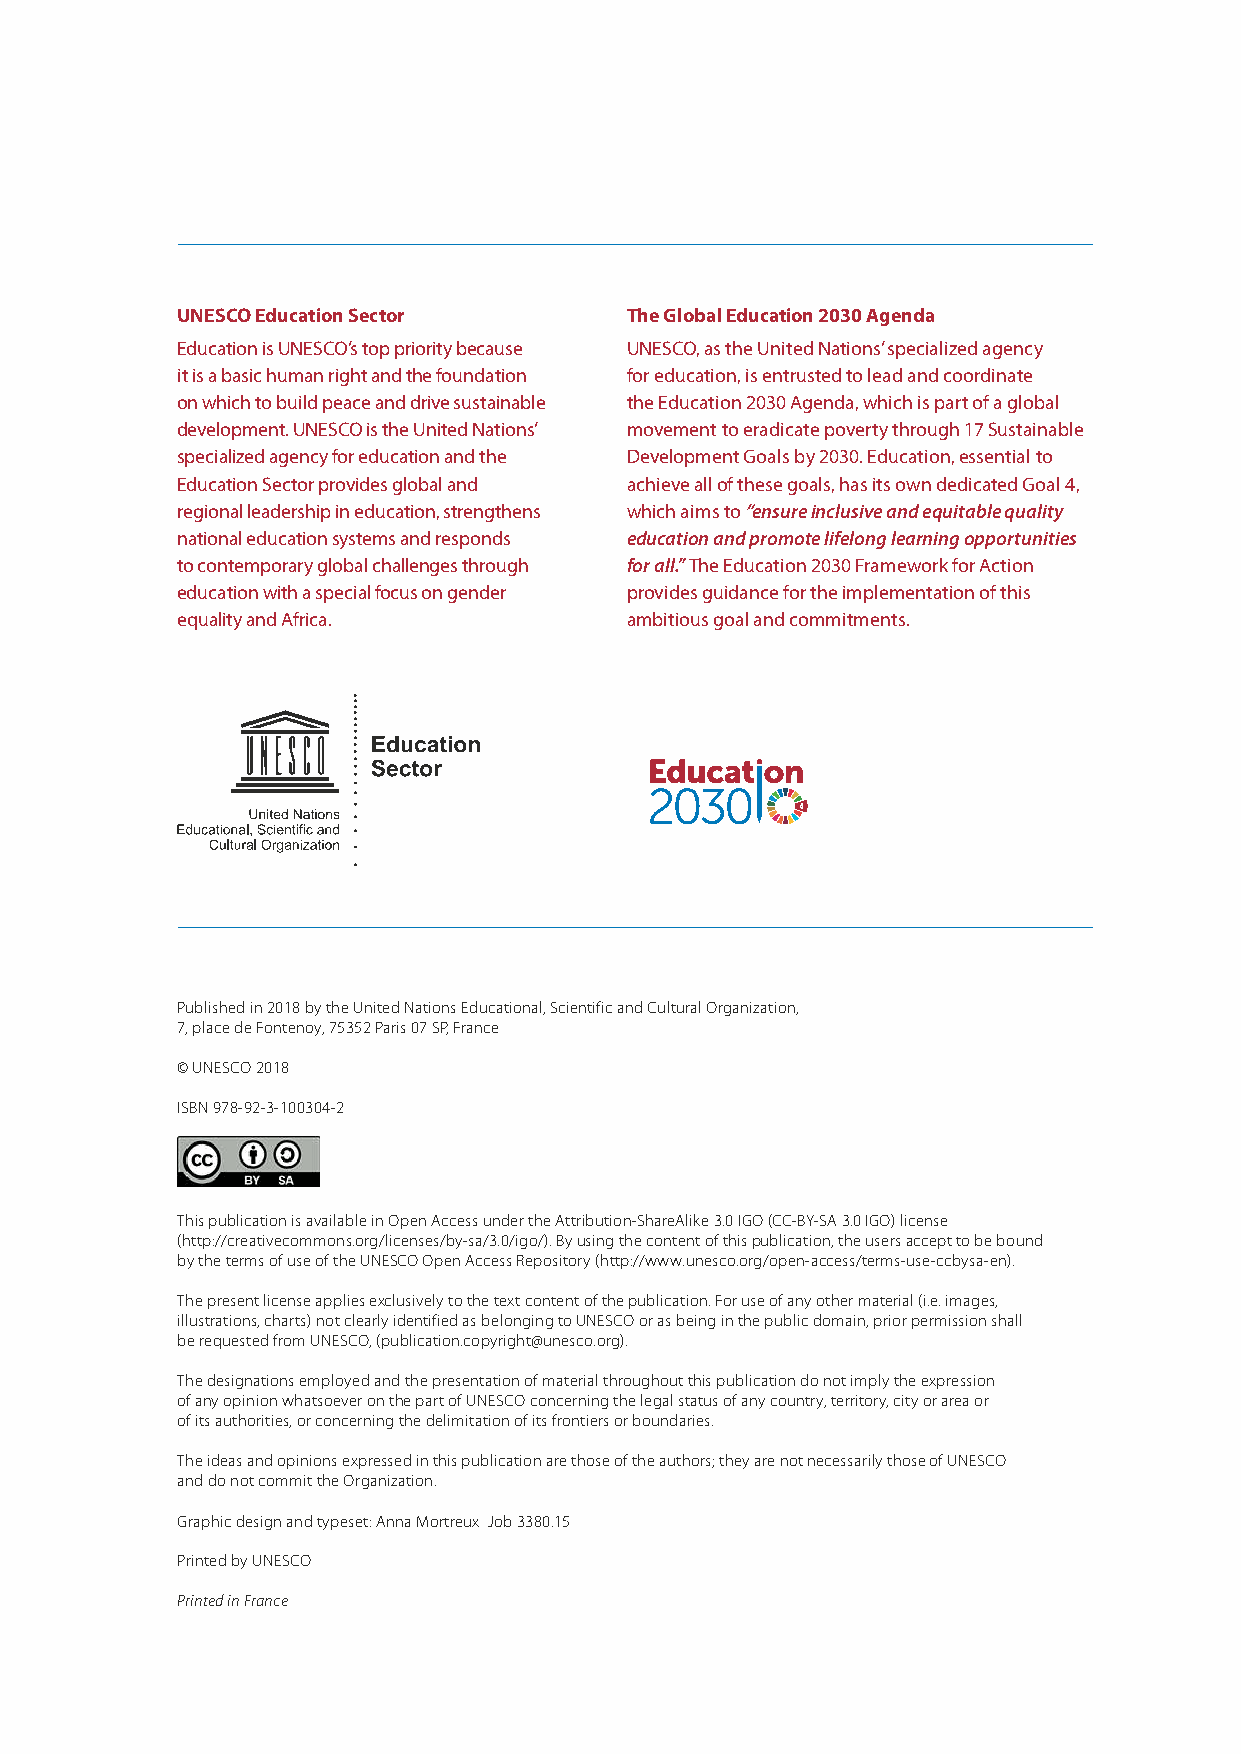
UNESCO Education Sector      The Global Education 2030 Agenda
 Education is UNESCO’s top priority because UNESCO, as the United Nations’ specialized agency
 it is a basic human right and the foundation for education, is entrusted to lead and coordinate
 on which to build peace and drive sustainable the Education 2030 Agenda, which is part of a global
 development. UNESCO is the United Nations’ movement to eradicate poverty through 17 Sustainable
 specialized agency for education and the Development Goals by 2030. Education, essential to
 Education Sector provides global and achieve all of these goals, has its own dedicated Goal 4,
 regional leadership in education, strengthens which aims to “ensure inclusive and equitable quality
 national education systems and responds education and promote lifelong learning opportunities
 to contemporary global challenges through for all.” The Education 2030 Framework for Action
 education with a special focus on gender provides guidance for the implementation of this
 equality and Africa.         ambitious goal and commitments.
 Published in 2018 by the United Nations Educational, Scientific and Cultural Organization,
 7, place de Fontenoy, 75352 Paris 07 SP, France
 © UNESCO 2018
 ISBN 978-92-3-100304-2
 This publication is available in Open Access under the Attribution-ShareAlike 3.0 IGO (CC-BY-SA 3.0 IGO) license
 (http://creativecommons.org/licenses/by-sa/3.0/igo/). By using the content of this publication, the users accept to be bound
 by the terms of use of the UNESCO Open Access Repository (http://www.unesco.org/open-access/terms-use-ccbysa-en).
 The present license applies exclusively to the text content of the publication. For use of any other material (i.e. images,
 illustrations, charts) not clearly identified as belonging to UNESCO or as being in the public domain, prior permission shall
 be requested from UNESCO, (publication.copyright@unesco.org).
 The designations employed and the presentation of material throughout this publication do not imply the expression
 of any opinion whatsoever on the part of UNESCO concerning the legal status of any country, territory, city or area or
 of its authorities, or concerning the delimitation of its frontiers or boundaries.
 The ideas and opinions expressed in this publication are those of the authors; they are not necessarily those of UNESCO
 and do not commit the Organization.
 Graphic design and typeset: Anna Mortreux Job 3380.15
 Printed by UNESCO
 Printed in France